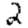
Digit: 2